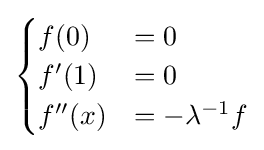
{\begin{cases}f(0)&=0\\f'(1)&=0\\f''(x)&=-\lambda ^{-1}f\end{cases}}